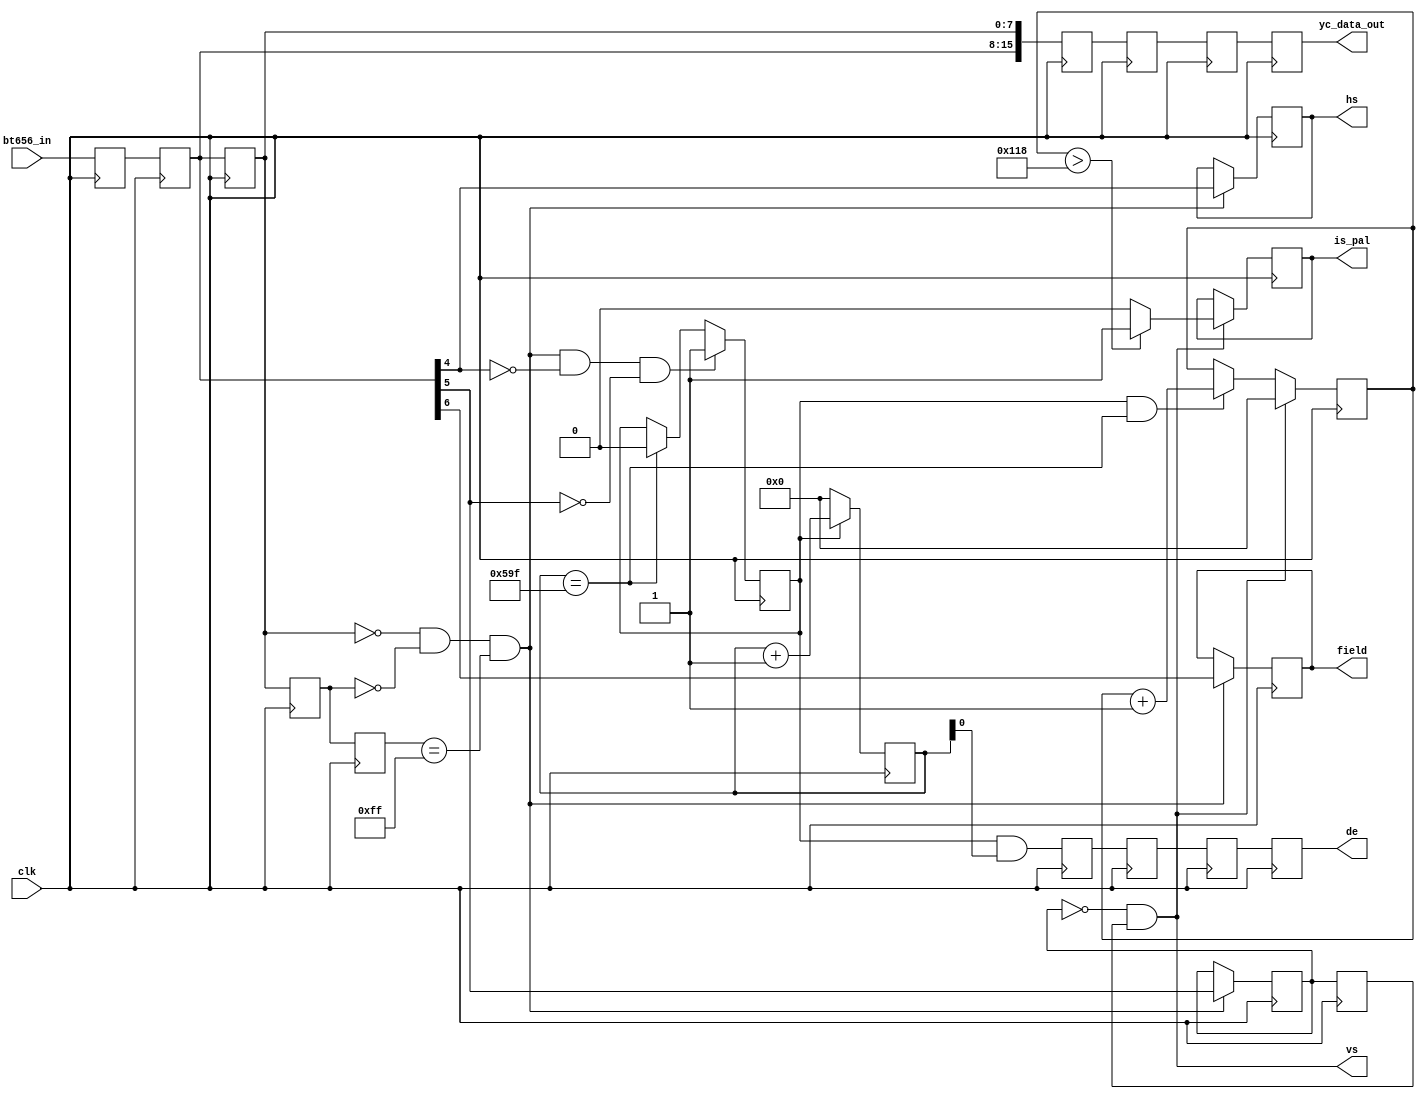
/*******************************************************/
/****                                                  */
/****	*****/
/****                                                  */
/*******************************************************/
/*
	BT656
	BT656
	DEPAL
*/
module bt656_decode(
	input clk,                    /*27Mhz*/
	input[7:0] bt656_in,          /*BT656*/
	output[15:0] yc_data_out,     /*YC*/
	output vs,                    /**/
	output hs,                    /**/
	output field,                 /**/
	output de,                    /**/
	output reg is_pal             /*PAL*/
);
reg[7:0] bt656_in_d0;
reg[7:0] bt656_in_d1;
reg[7:0] bt656_in_d2;
reg[7:0] bt656_in_d3;
reg[7:0] bt656_in_d4;
reg[11:0] x_cnt;
reg[11:0] y_cnt;
wire trs;
wire H;
wire V;
wire F;
reg de_p;

wire  de_t;
reg de_t_d0;
reg de_t_d1;
reg de_t_d2;
reg de_t_d3;
reg hs_reg;
reg vs_reg;
reg vs_reg_d0;
reg field_reg;
wire[15:0] yc_data_tmp;
reg[15:0] yc_data_tmp_d0;
reg[15:0] yc_data_tmp_d1;
reg[15:0] yc_data_tmp_d2;
reg[15:0] yc_data_tmp_d3;

reg[11:0] pixel_cnt = 12'd0;
assign H = bt656_in_d1[4];
assign V = bt656_in_d1[5];
assign F = bt656_in_d1[6];

assign hs = hs_reg;
assign field = field_reg;
assign de_t = de_p && pixel_cnt[0];
assign yc_data_tmp = {bt656_in_d1,bt656_in_d2};
always@(posedge clk)
begin
	bt656_in_d0 <= bt656_in;
	bt656_in_d1 <= bt656_in_d0;
	bt656_in_d2 <= bt656_in_d1;
	bt656_in_d3 <= bt656_in_d2;
	bt656_in_d4 <= bt656_in_d3;
end
always@(posedge clk)
begin
	yc_data_tmp_d0 <= yc_data_tmp;
	yc_data_tmp_d1 <= yc_data_tmp_d0;
	yc_data_tmp_d2 <= yc_data_tmp_d1;
	yc_data_tmp_d3 <= yc_data_tmp_d2;
	de_t_d0 <= de_t;
	de_t_d1 <= de_t_d0;
	de_t_d2 <= de_t_d1;
	de_t_d3 <= de_t_d2;
end
assign de = de_t_d3;
/*bt656*/
assign	trs = (bt656_in_d2 == 8'h00) && (bt656_in_d3 == 8'h00) && (bt656_in_d4 == 8'hff);
assign yc_data_out = yc_data_tmp_d3;
/**/
always@(posedge clk)
begin
	if(trs && ~H && ~V)
		de_p <= 1'b1;
	else if(pixel_cnt == 12'd1439)
		de_p <= 1'b0;
	else
		de_p <= de_p;
end
always@(posedge clk)
begin
	if(de_p)
		pixel_cnt <= pixel_cnt + 12'd1;
	else
		pixel_cnt <= 12'd0;
end
/**/
always@(posedge clk)
begin
	if(trs)
		hs_reg <= H;
	else
		hs_reg <= hs_reg;
end
/**/
always@(posedge clk)
begin
	if(trs)
		vs_reg <= V;
	else
		vs_reg <= vs_reg;
		
	vs_reg_d0 <= vs_reg;
end
assign vs = ~vs_reg && vs_reg_d0;
/**/
always@(posedge clk)
begin
	if(trs)
		field_reg <= F;
	else
		field_reg <= field_reg;
end
/**/
always@(posedge clk)
begin
	if(vs)
		y_cnt <= 12'd0;
	else if(de_p && pixel_cnt == 12'd1439)
		y_cnt <= y_cnt + 12'd1;
	else
		y_cnt <= y_cnt;
end
/*PAL288NTSC280*/
always@(posedge clk)
begin
	if(vs)
		if(y_cnt > 12'd280)
			is_pal <= 1'b1;
		else
			is_pal <= 1'b0;
	else
		is_pal <= is_pal;
end
endmodule